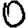
Digit: 0